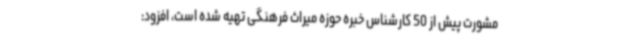
مشورت پیش از 50 کارشناس خبره حوزه میراث فرهنگی تهیه شده است، افزود: